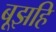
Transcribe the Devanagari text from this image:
बूझहि